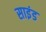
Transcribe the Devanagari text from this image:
साइंड